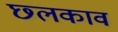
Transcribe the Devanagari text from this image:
छ्लकाव